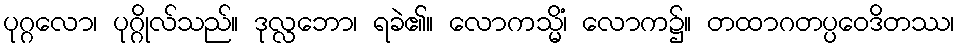
ပုဂ္ဂလော၊ ပုဂ္ဂိုလ်သည်။ ဒုလ္လဘော၊ ရခဲ၏။ လောကသ္မိံ၊ လောက၌။ တထာဂတပ္ပဝေဒိတဿ၊